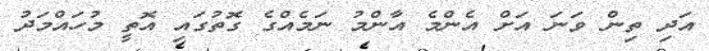
އަދި ތިން ވަނަ އަށް އެންމެ އާންމު ނަމެއްގެ ގޮތުގައި އޮތީ މުހައްމަދު